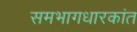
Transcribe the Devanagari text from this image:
समभागधारकांत